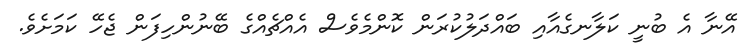
އޭނާ އެ ބުނީ ކަލާނގެއާއި ބައްދަލުކުރަން ކޮންމެވެސް އެއްޗެއްގެ ބޭނުންހިފަން ޖެހޭ ކަމަށެވެ.